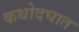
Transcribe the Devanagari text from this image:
कथोदघात